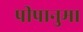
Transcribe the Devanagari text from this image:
पीपानुमा